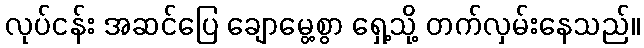
လုပ်ငန်း အဆင်ပြေ ချောမွေ့စွာ ရှေ့သို့ တက်လှမ်းနေသည်။